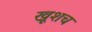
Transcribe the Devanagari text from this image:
खूशच